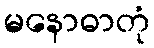
မနောဓာတုံ